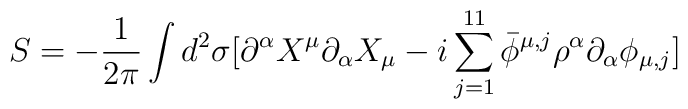
S= -\frac{1}{2\pi}\int d^2\sigma[\partial^{\alpha}X^{\mu}\partial_{\alpha}X_{\mu}-i \sum^{11}_{j=1}\bar\phi^{\mu,j}\rho^{\alpha}\partial_{\alpha}\phi_{\mu,j}]\\